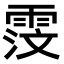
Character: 𫕦